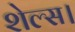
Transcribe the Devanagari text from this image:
शेल्स।